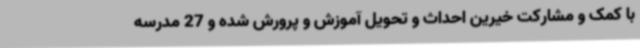
با کمک و مشارکت خیرین احداث و تحویل آموزش و پرورش شده و 27 مدرسه